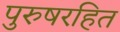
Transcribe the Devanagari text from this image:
पुरुषरहित